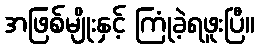
အဖြစ်မျိုးနှင့် ကြုံခဲ့ရဖူးပြီ။